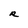
Character: R